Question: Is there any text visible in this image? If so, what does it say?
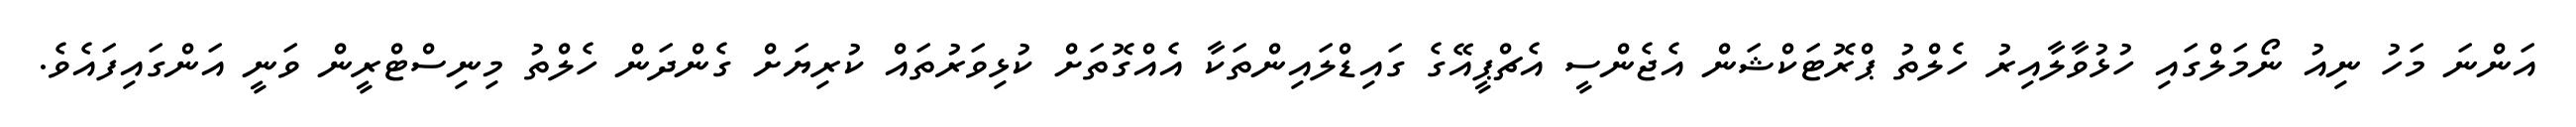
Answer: އަންނަ މަހު ނިއު ނޯމަލްގައި ހުޅުވާލާއިރު ހެލްތު ޕްރޮޓަކްޝަން އެޖެންސީ އެޗްޕީއޭގެ ގައިޑްލައިންތަކާ އެއްގޮތަށް ކުޅިވަރުތައް ކުރިޔަށް ގެންދަން ހެލްތު މިނިސްޓްރީން ވަނީ އަންގައިފައެވެ.